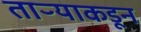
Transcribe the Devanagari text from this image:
ताऱ्याकडून